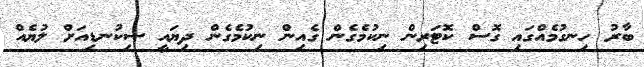
ބާރު ހިނގުމެއްގައި ގޮސް ކޮޓަރިން ނިކުމެގެން ގެއިން ނިކުމެގެން ދިޔައީ ސިކުނޑިއަށް ލުޔެއް